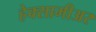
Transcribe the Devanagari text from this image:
हेक्सामीअर